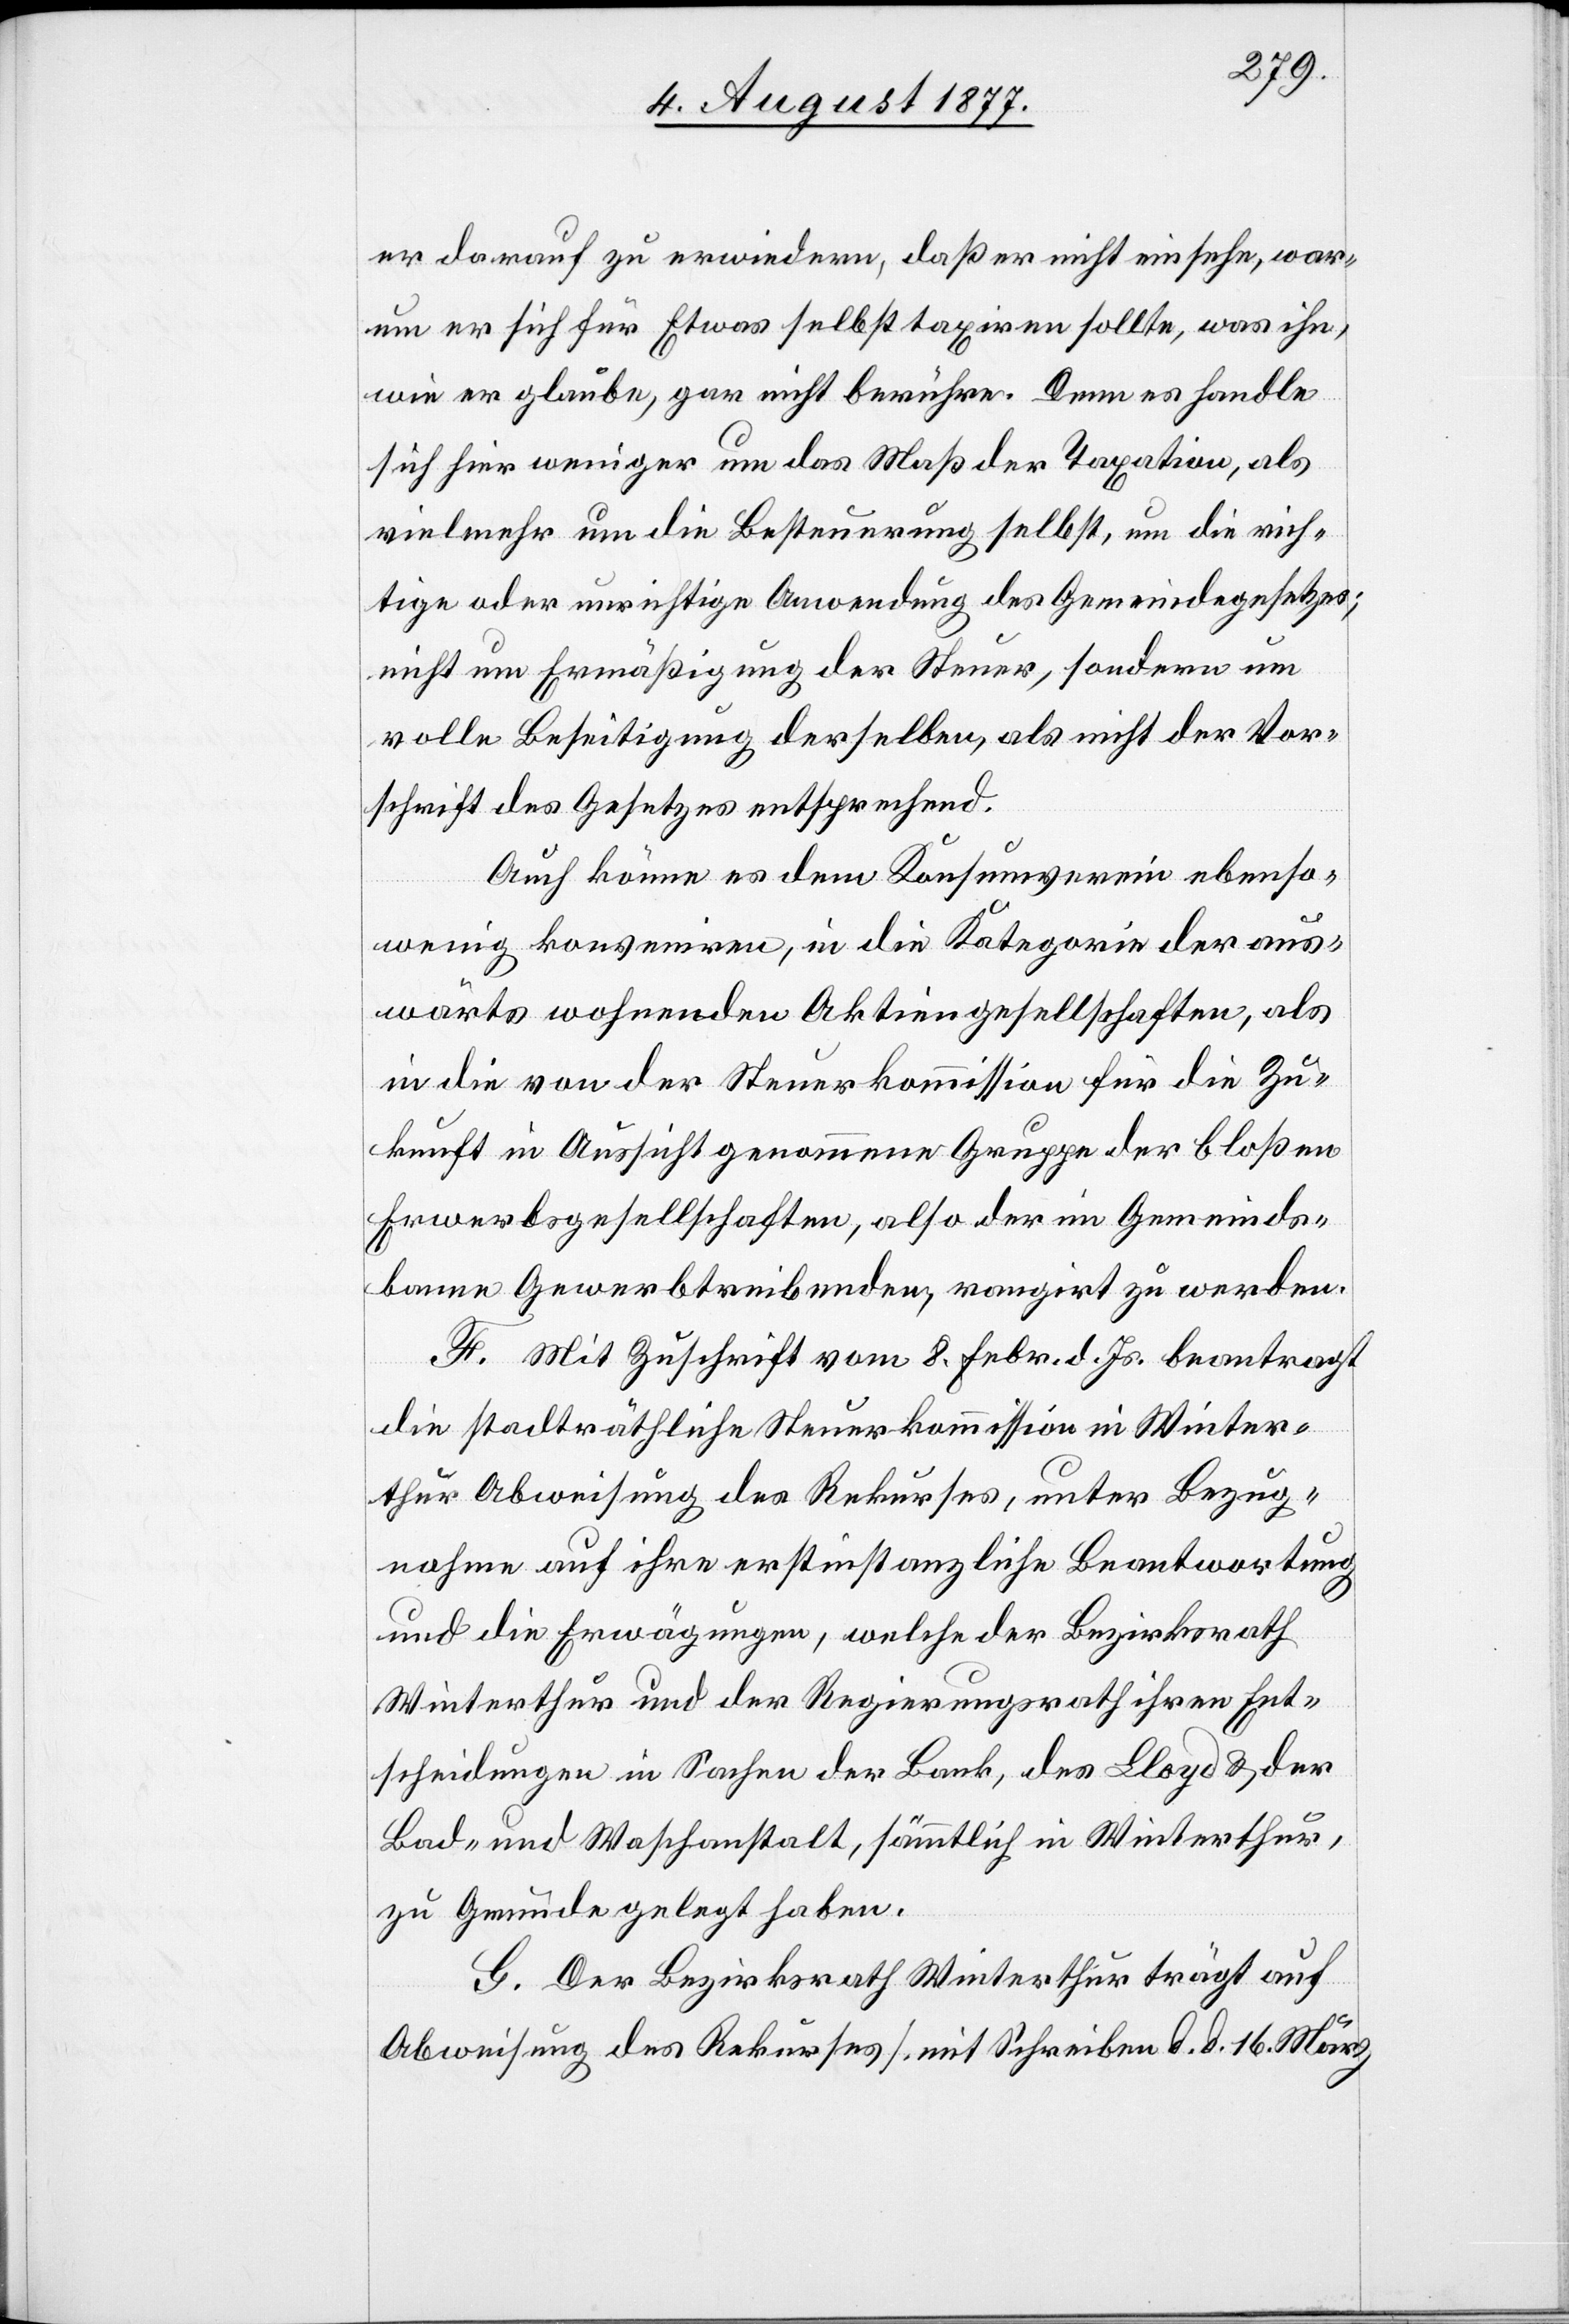
er darauf zu erwiedern, daß er nicht einsehe, war¬
um er sich für Etwas selbst taxiren sollte, was ihn,
wie er glaube, gar nicht berühre. Denn es handle
sich hier weniger um das Maß der Taxation, als
vielmehr um die Besteuerung selbst, um die rich¬
tige oder unrichtige Anwendung des Gemeindegesetzes;
nicht um Ermäßigung der Steuer, sondern um
volle Beseitigung derselben, als nicht der Vor¬
schrift des Gesetzes entsprechend.
Auch könne es dem Konsumverein ebenso¬
wenig konveniren, in die Kategorie der aus¬
wärts wohnenden Aktiengesellschaften, als
in die von der Steuerkommission für die Zu¬
kunft in Aussicht genommene Gruppe der bloßen
Erwerbsgesellschaften, also der im Gemeinds¬
banne Gewerbtreibenden, rangirt zu werden.
F. Mit Zuschrift vom 8. Febr. d. Js. beantragt
die stadträthliche Steuerkommission in Winter¬
thur Abweisung des Rekurses, unter Bezug¬
nahme auf ihre erstinstanzliche Beantwortung
und die Erwägungen, welche der Bezirksrath
Winterthur und der Regierungsrath ihren Ent¬
scheidungen in Sachen der Bank, des Lloyd & der
Bad- und Waschanstalt, sämmtlich in Winterthur,
zu Grunde gelegt haben.
G. Der Bezirksrath Winterthur trägt auf
Abweisung des Rekurses [mit Schreiben d. d. 16. März